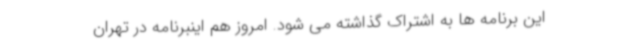
این برنامه ها به اشتراک گذاشته می شود. امروز هم اینبرنامه در تهران